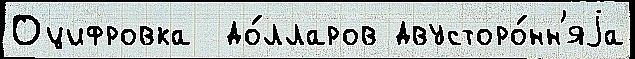
Оцифровка  до́лларов двусторо́нн'яjа